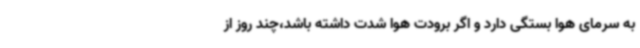
به سرمای هوا بستگی دارد و اگر برودت هوا شدت داشته باشد،چند روز از